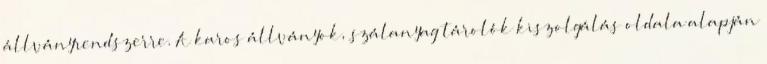
állványrendszerre. A karos állványok, szálanyag tárolók kiszolgálás oldala alapján